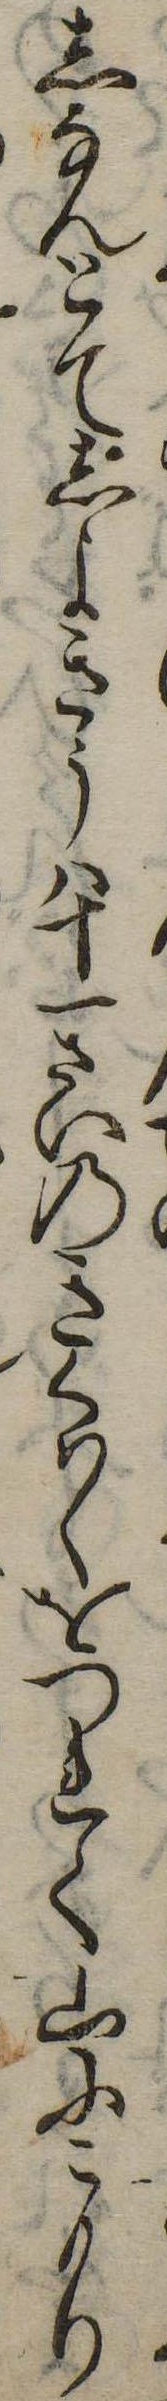
しなんとてしよきうは十一さいのきくはくをつれて山にこもり